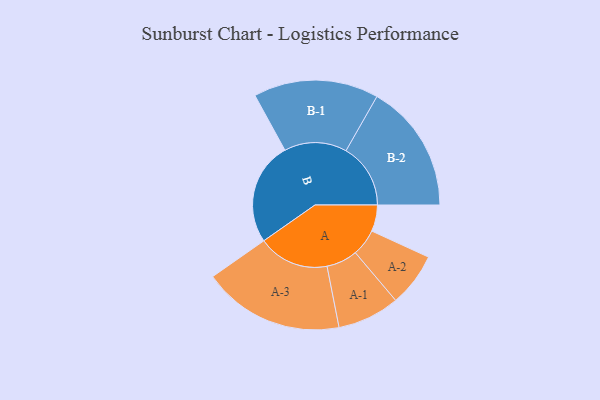
{"axis": {"x": "Segment", "y": "Value"}, "legend": ["", "A", "B"], "data": [{"x": "A", "y": 105, "type": ""}, {"x": "B", "y": 410, "type": ""}, {"x": "A-1", "y": 124, "type": "A"}, {"x": "A-2", "y": 107, "type": "A"}, {"x": "A-3", "y": 282, "type": "A"}, {"x": "B-1", "y": 249, "type": "B"}, {"x": "B-2", "y": 257, "type": "B"}]}